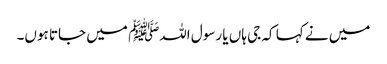
میں نے کہا کہ جی ہاں یا رسول اللہﷺ میں جاتا ہوں۔